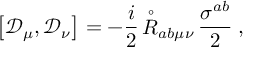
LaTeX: \left[ { \mathcal D } _ { \mu } , { \mathcal D } _ { \nu } \right] = - \frac { i } { 2 } \, { \stackrel { \circ } { R } } { } _ { a b \mu \nu } \, \frac { \sigma ^ { a b } } { 2 } \; ,